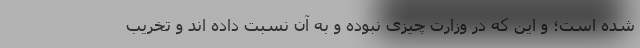
شده است؛ و این که در وزارت چیزی نبوده و به آن نسبت داده اند و تخریب